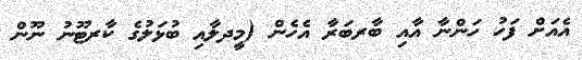
އެއަށް ފަހު ހަންނާ އާއި ބާރބަރާ އެހެން (މީދލާއި ބުޅަލުގެ ކާރޓޫނު ނޫން